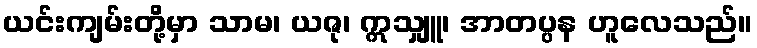
ယင်းကျမ်းတို့မှာ သာမ၊ ယဇု၊ ဣသျှူ၊ အာတပ္ပန ဟူလေသည်။